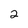
Character: 2